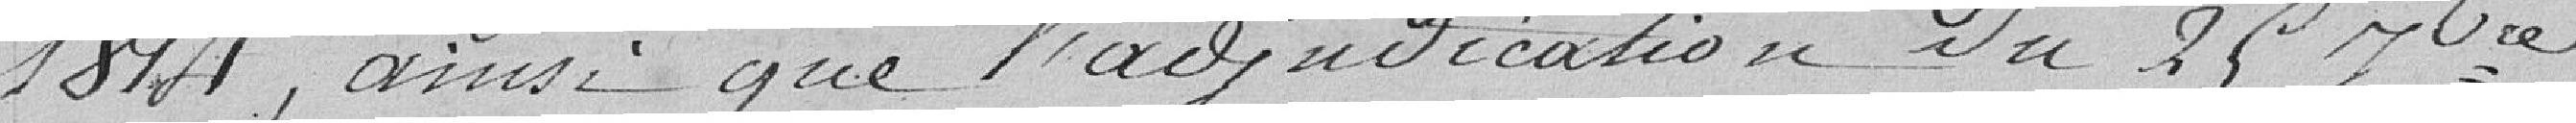
1814, ainsi que l'adjudication du 25 Nbre